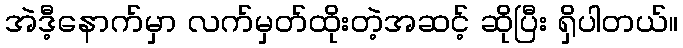
အဲဒီ့နောက်မှာ လက်မှတ်ထိုးတဲ့အဆင့် ဆိုပြီး ရှိပါတယ်။